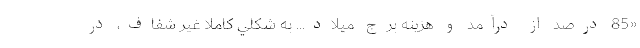
«85 درصد از درآمد و هزينه برج ميلاد... به شكلي كاملاً غير شفاف، در